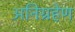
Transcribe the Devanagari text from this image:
अनिग्रहेण